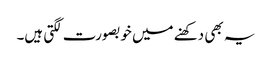
یہ بھی دکھنے میں خوبصورت لگتی ہیں۔